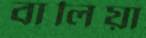
বালিয়া